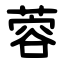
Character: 蓉